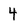
Character: 4